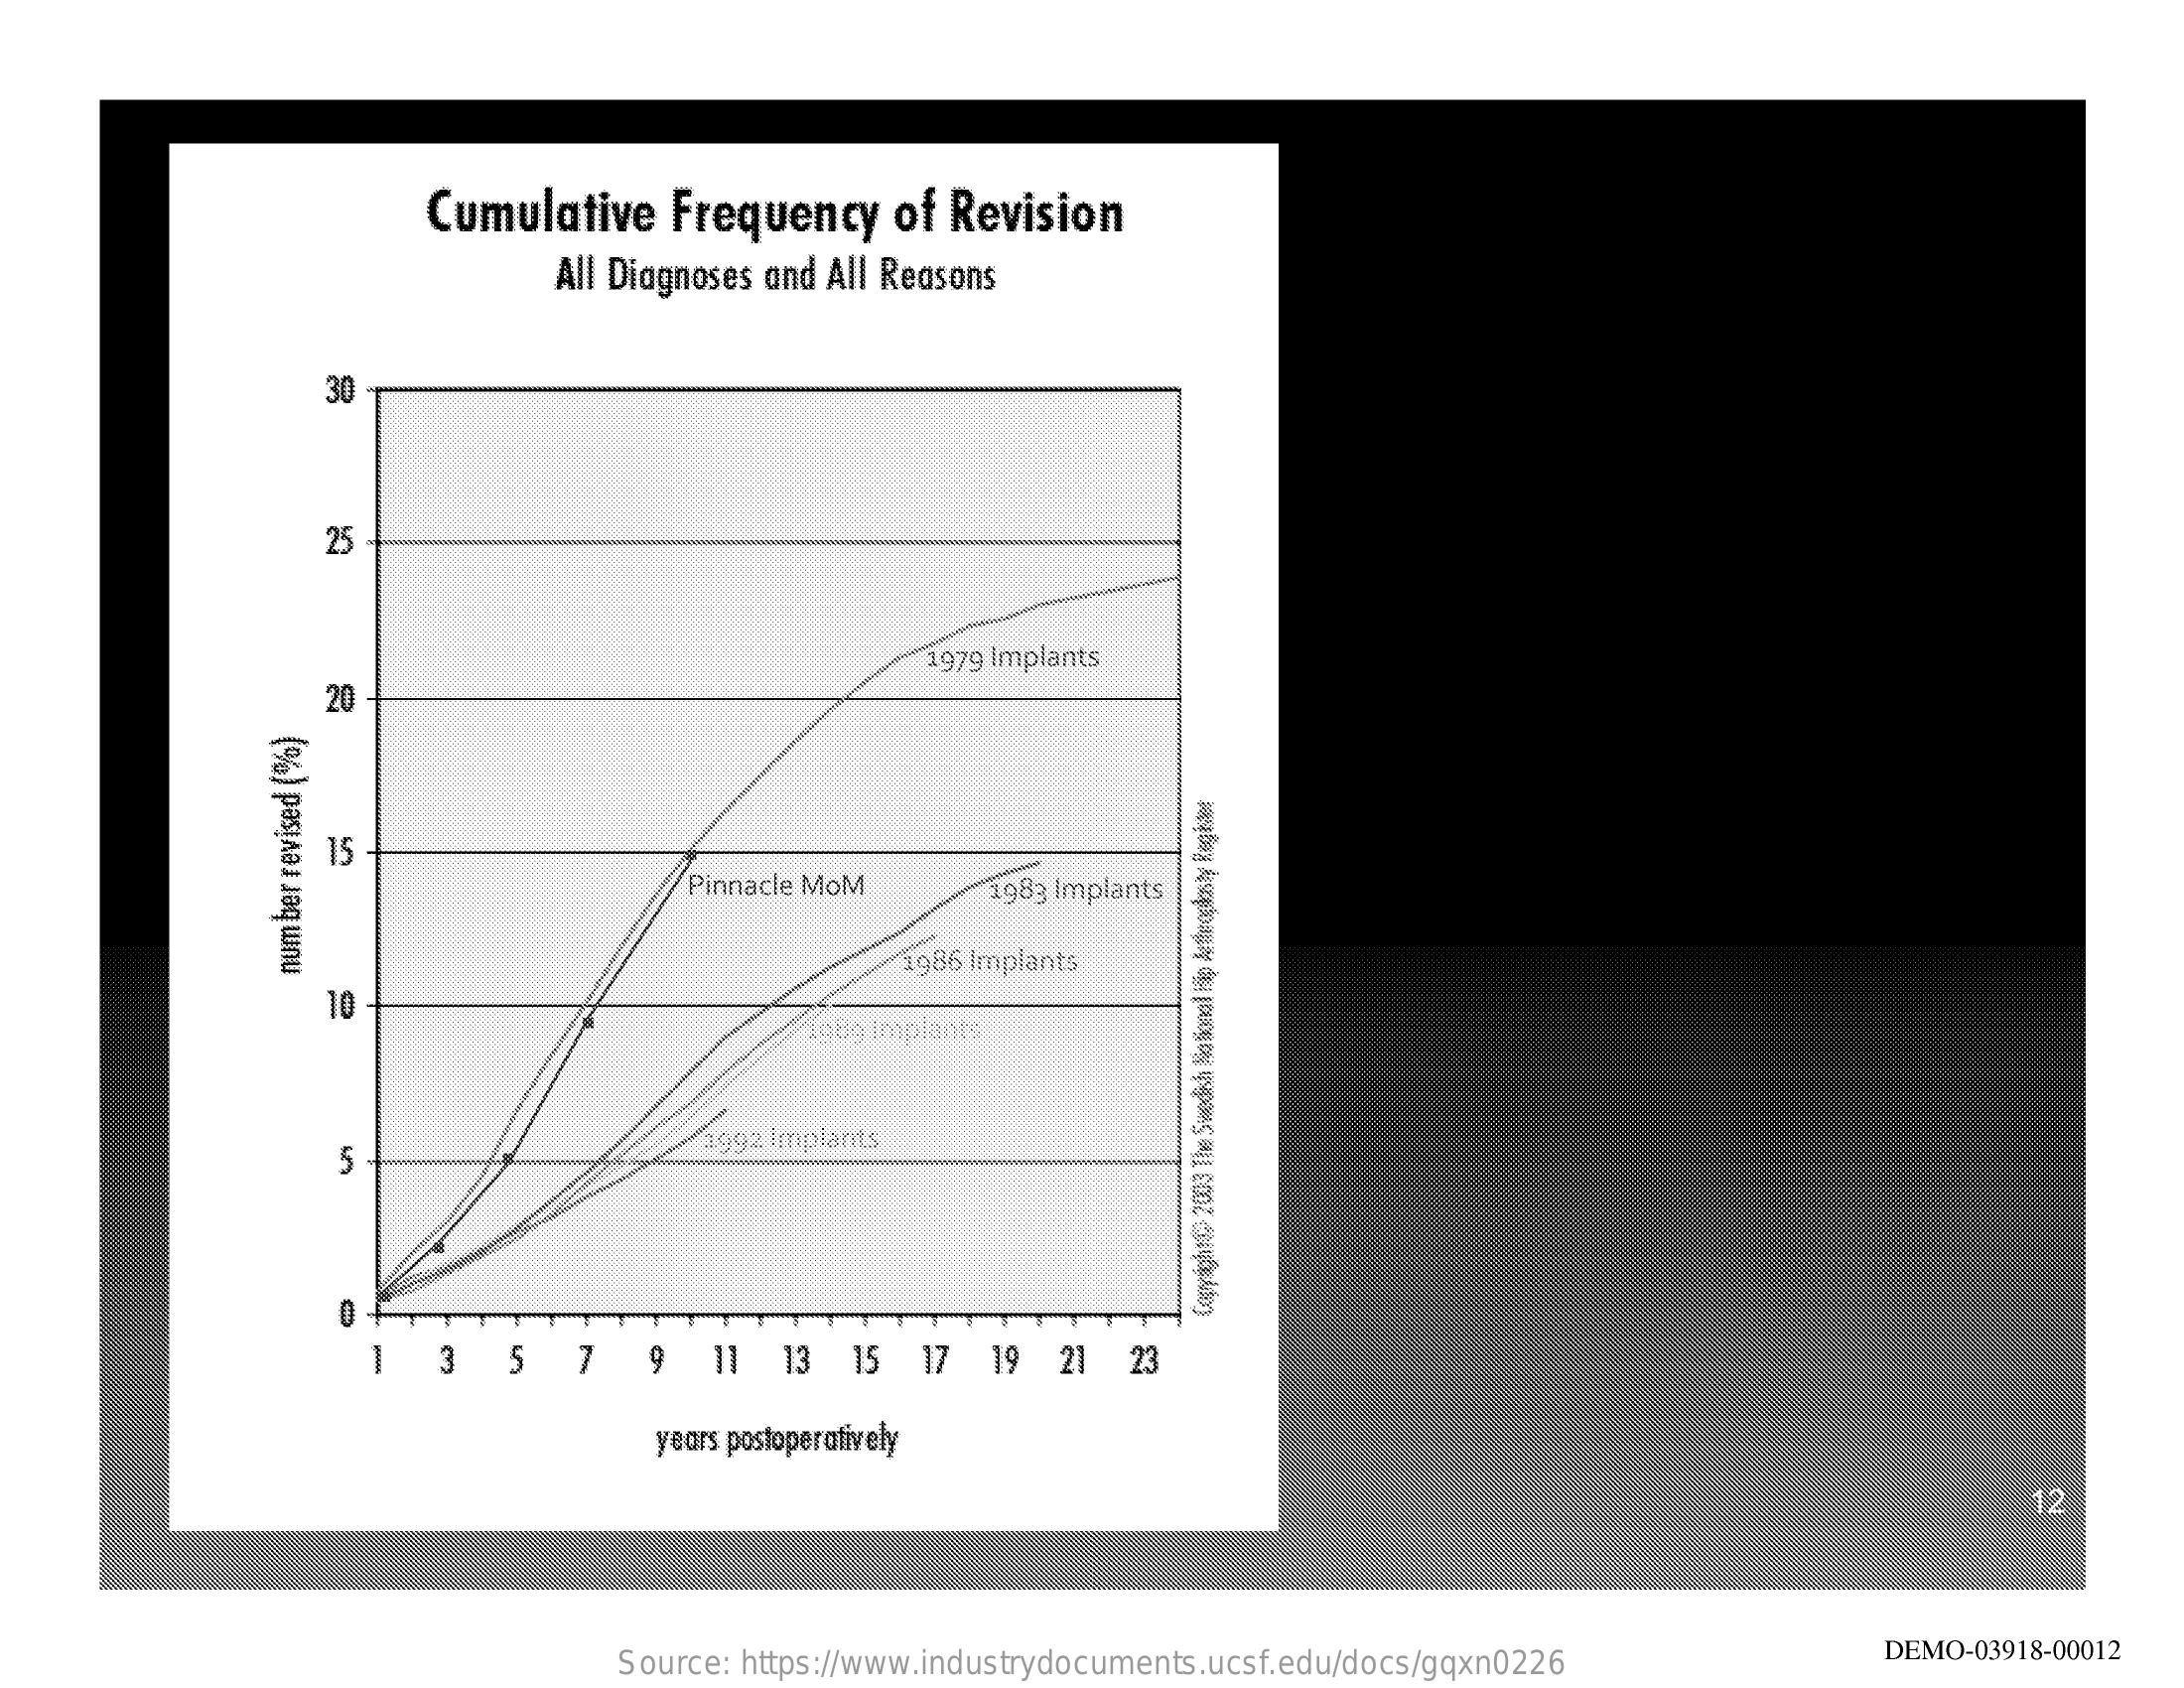
Cumulative    Frequency    of Revision
     All Diagnoses and All Reasons
     30
     25
     1979 Implants
     20
     15
     Pinnacle MoM    1983 Implants
     1986 Implants
     number
     revised
     (%)
     10
     1906 implants
     5
     ag92 Implants
     1   3    5   7   9   11   13  15   17  19  21   23
     years postoperatively
     12
     Source: https://www.industrydocuments.ucsf.edu/docs/gqxn0226
     DEMO-03918-00012